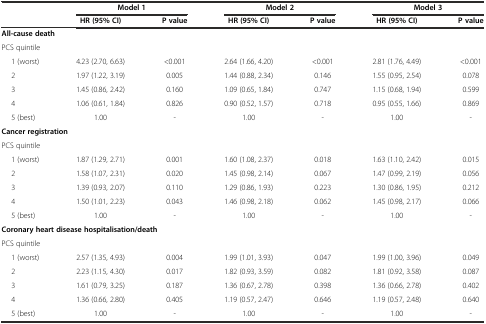
<table><thead><tr><td></td><td colspan="2"><b>Model 1</b></td><td colspan="2"><b>Model 2</b></td><td colspan="2"><b>Model 3</b></td></tr><tr><td></td><td><b>HR (95% CI)</b></td><td><b>P value</b></td><td><b>HR (95% CI)</b></td><td><b>P value</b></td><td><b>HR (95% CI)</b></td><td><b>P value</b></td></tr></thead><tbody><tr><td colspan="2"><b>All-cause death</b></td><td></td><td></td><td></td><td></td><td></td></tr><tr><td colspan="2">PCS quintile</td><td></td><td></td><td></td><td></td><td></td></tr><tr><td>1 (worst)</td><td>4.23 (2.70, 6.63)</td><td>&lt;0.001</td><td>2.64 (1.66, 4.20)</td><td>&lt;0.001</td><td>2.81 (1.76, 4.49)</td><td>&lt;0.001</td></tr><tr><td>2</td><td>1.97 (1.22, 3.19)</td><td>0.005</td><td>1.44 (0.88, 2.34)</td><td>0.146</td><td>1.55 (0.95, 2.54)</td><td>0.078</td></tr><tr><td>3</td><td>1.45 (0.86, 2.42)</td><td>0.160</td><td>1.09 (0.65, 1.84)</td><td>0.747</td><td>1.15 (0.68, 1.94)</td><td>0.599</td></tr><tr><td>4</td><td>1.06 (0.61, 1.84)</td><td>0.826</td><td>0.90 (0.52, 1.57)</td><td>0.718</td><td>0.95 (0.55, 1.66)</td><td>0.869</td></tr><tr><td>5 (best)</td><td>1.00</td><td>-</td><td>1.00</td><td>-</td><td>1.00</td><td>-</td></tr><tr><td colspan="2"><b>Cancer registration</b></td><td></td><td></td><td></td><td></td><td></td></tr><tr><td colspan="2">PCS quintile</td><td></td><td></td><td></td><td></td><td></td></tr><tr><td>1 (worst)</td><td>1.87 (1.29, 2.71)</td><td>0.001</td><td>1.60 (1.08, 2.37)</td><td>0.018</td><td>1.63 (1.10, 2.42)</td><td>0.015</td></tr><tr><td>2</td><td>1.58 (1.07, 2.31)</td><td>0.020</td><td>1.45 (0.98, 2.14)</td><td>0.067</td><td>1.47 (0.99, 2.19)</td><td>0.056</td></tr><tr><td>3</td><td>1.39 (0.93, 2.07)</td><td>0.110</td><td>1.29 (0.86, 1.93)</td><td>0.223</td><td>1.30 (0.86, 1.95)</td><td>0.212</td></tr><tr><td>4</td><td>1.50 (1.01, 2.23)</td><td>0.043</td><td>1.46 (0.98, 2.18)</td><td>0.062</td><td>1.45 (0.98, 2.17)</td><td>0.066</td></tr><tr><td>5 (best)</td><td>1.00</td><td>-</td><td>1.00</td><td>-</td><td>1.00</td><td>-</td></tr><tr><td colspan="4"><b>Coronary heart disease hospitalisation/death</b></td><td></td><td></td><td></td></tr><tr><td colspan="2">PCS quintile</td><td></td><td></td><td></td><td></td><td></td></tr><tr><td>1 (worst)</td><td>2.57 (1.35, 4.93)</td><td>0.004</td><td>1.99 (1.01, 3.93)</td><td>0.047</td><td>1.99 (1.00, 3.96)</td><td>0.049</td></tr><tr><td>2</td><td>2.23 (1.15, 4.30)</td><td>0.017</td><td>1.82 (0.93, 3.59)</td><td>0.082</td><td>1.81 (0.92, 3.58)</td><td>0.087</td></tr><tr><td>3</td><td>1.61 (0.79, 3.25)</td><td>0.187</td><td>1.36 (0.67, 2.78)</td><td>0.398</td><td>1.36 (0.66, 2.78)</td><td>0.402</td></tr><tr><td>4</td><td>1.36 (0.66, 2.80)</td><td>0.405</td><td>1.19 (0.57, 2.47)</td><td>0.646</td><td>1.19 (0.57, 2.48)</td><td>0.640</td></tr><tr><td>5 (best)</td><td>1.00</td><td>-</td><td>1.00</td><td>-</td><td>1.00</td><td>-</td></tr></tbody></table>